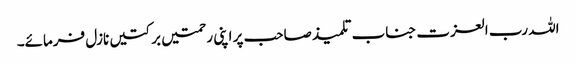
اللہ رب العزت جناب تلمیذ صاحب پر اپنی رحمتیں برکتیں نازل فرمائے۔